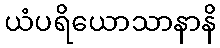
ယံပရိယောသာနာနိ